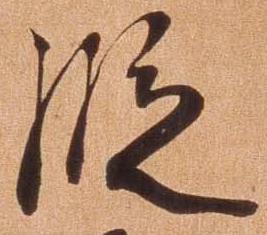
段